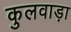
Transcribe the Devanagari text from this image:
कुलवाड़ा